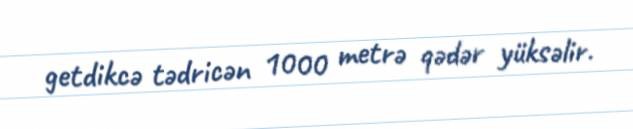
getdikcə tədricən 1000 metrə qədər yüksəlir.